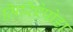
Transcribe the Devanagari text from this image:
मिरिऐपोडा